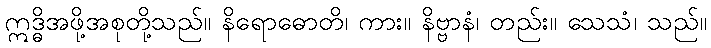
ဣဒ္ဓိအဖို့အစုတို့သည်။ နိရောဓောတိ၊ ကား။ နိဗ္ဗာနံ၊ တည်း။ သေသံ၊ သည်။